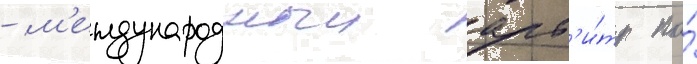
- м'еждународныи арб'и́тр по́